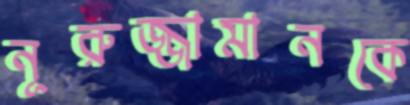
নূরুজ্জামানকে